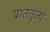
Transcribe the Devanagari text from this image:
प्रांततुल्य